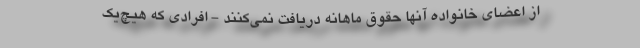
از اعضای خانواده آنها حقوق ماهانه دریافت نمی‌کنند - افرادی که هیچ‌یک